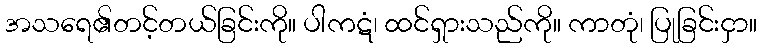
အသရေ၏တင့်တယ်ခြင်းကို။ ပါကဋံ၊ ထင်ရှားသည်ကို။ ကာတုံ၊ ပြုခြင်းငှာ။